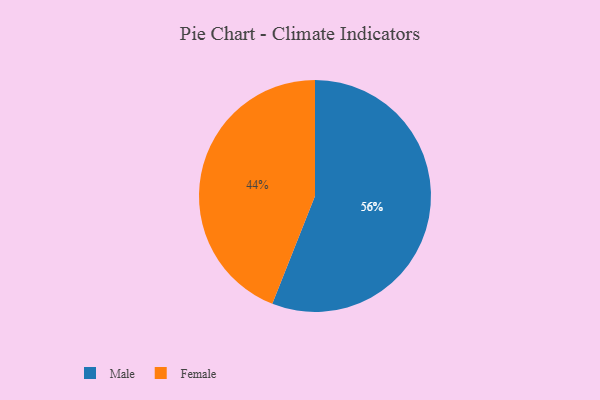
{"axis": {"x": "Category", "y": "Percentage"}, "legend": ["Female", "Male"], "data": [{"x": "Female", "y": 44, "type": "Female"}, {"x": "Male", "y": 56, "type": "Male"}]}